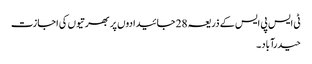
ٹی ایس پی ایس کے ذریعہ 28 جائیدادوں پر بھرتیوں کی اجازت
حیدرآباد۔